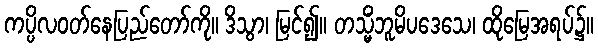
ကပ္ပိလဝတ်နေပြည်တော်ကို။ ဒိသွာ၊ မြင်၍။ တသ္မိံဘူမိပဒေသေ၊ ထိုမြေအရပ်၌။